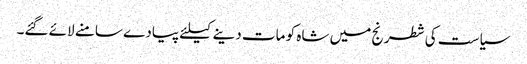
سیاست کی شطرنج میں شاہ کو مات دینے کیلئے پیادے سامنے لائے گئے۔